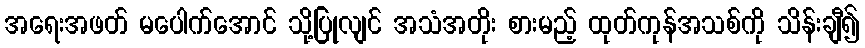
အရေးအဖတ် မပေါက်အောင် သို့ပြုလျင် အသံအတိုး စားမည့် ထုတ်ကုန်အသစ်ကို သိန်းချီ၍